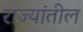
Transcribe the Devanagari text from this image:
रा़ज्यांतील